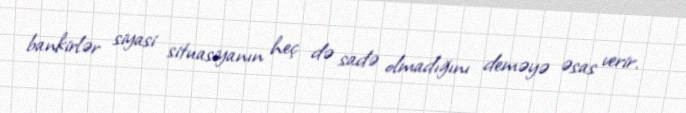
bankirlər siyasi situasiyanın heç də sadə olmadığını deməyə əsas verir.